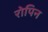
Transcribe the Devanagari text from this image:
रोपिन